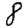
Digit: 8